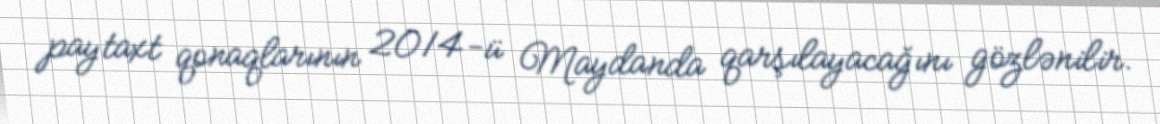
paytaxt qonaqlarının 2014-ü Maydanda qarşılayacağını gözlənilir.